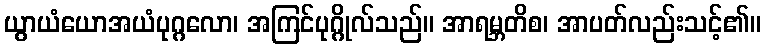
ယွာယံယောအယံပုဂ္ဂလော၊ အကြင်ပုဂ္ဂိုလ်သည်။ အာရမ္ဘတိစ၊ အာပတ်လည်းသင့်၏။